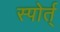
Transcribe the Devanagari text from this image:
स्पोर्त्